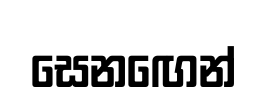
සෙනඟෙන්